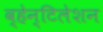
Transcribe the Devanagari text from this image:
व्हेन्टिलेशन